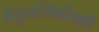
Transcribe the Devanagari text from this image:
वैद्युतस्थितिकी